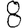
Digit: 8